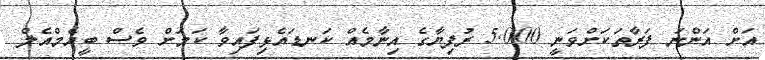
އަށް އަންނަ ފަރާތަކަށްވަނީ 5